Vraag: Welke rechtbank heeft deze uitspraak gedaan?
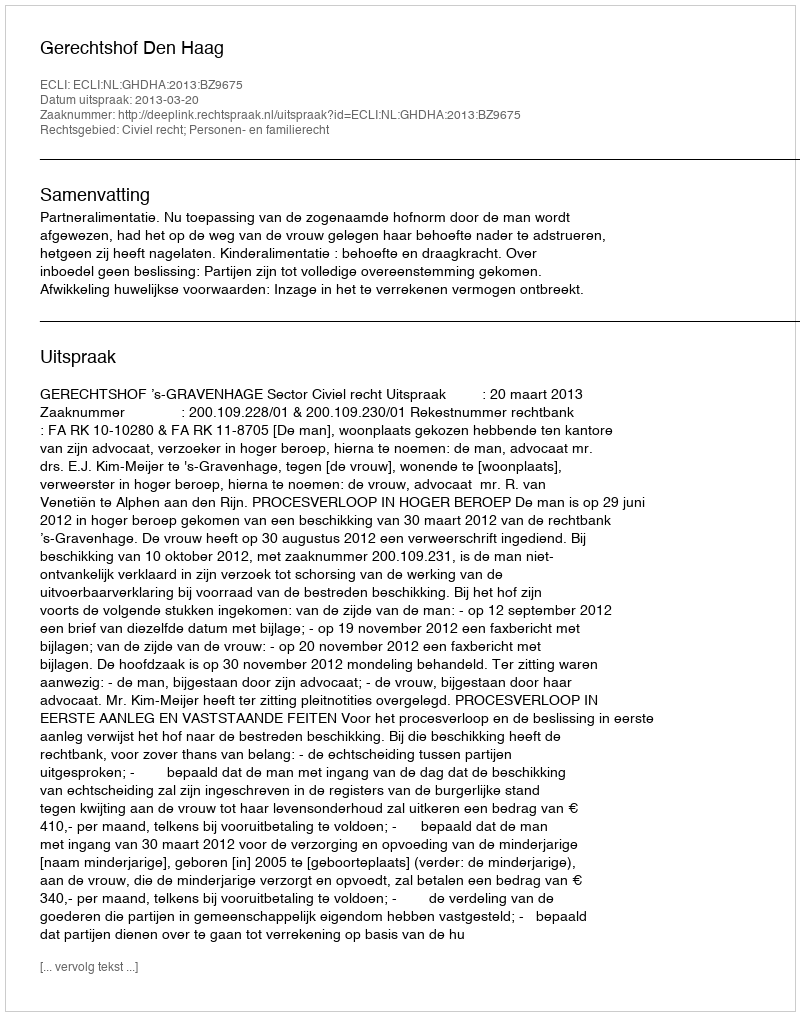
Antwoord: Gerechtshof Den Haag